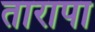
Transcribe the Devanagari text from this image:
तारापा